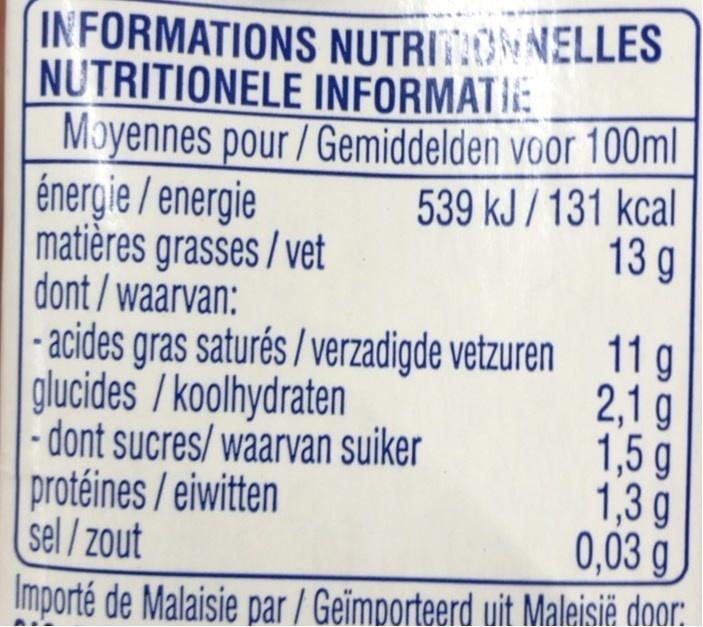
IN FORMATIONS NUTRITONNELLES NUTRITIONELE INFORMATI: Moyennes pour / Gemiddelden voor 100ml énergie / energie matières grasses / vet dont /waarvan: - acides gras saturés / verzadigde vetzuren 11 g glucides / koolhydraten - dont sucres/ waarvan suiker protéines/eiwitten sel /zout
539 kJ / 131 kcal 13 g
2,1 g 1,5 g 1,3 g 0,03 g
Importé de Malaisie par / Geïmporteerd uit Maleisië door;